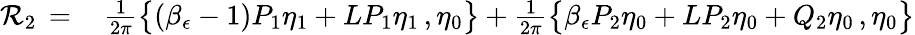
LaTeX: \begin{array}{rl}{\mathcal{R}_{2}\, =\, }&{{}\frac{1}{2\pi}\bigl\{ (\beta_{\epsilon}-1)P_{1}\eta_{1}+LP_{1}\eta_{1}\, ,\eta_{0}\bigr\} +\frac{1}{2\pi}\bigl\{ \beta_{\epsilon}P_{2}\eta_{0}+LP_{2}\eta_{0}+Q_{2}\eta_{0}\, ,\eta_{0}\bigr\} }\end{array}